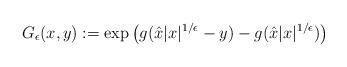
LaTeX: \begin{align*}G_\epsilon(x,y) := \exp \left( g(\hat{x}|x|^{1/\epsilon} - y) -g(\hat{x}|x|^{1/\epsilon}) \right)\end{align*}